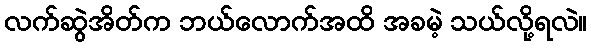
လက်ဆွဲအိတ်က ဘယ်လောက်အထိ အခမဲ့ သယ်လို့ရလဲ။